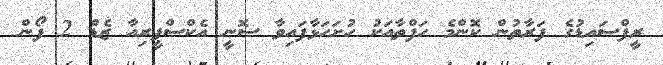
ރީފްސައިޑުގެ ފަރާތުން ކޮންމެ ހަފްތާއަކު ހުށަހަޅާފައިވާ ސޮނީ އެކްސްޕީރިއާ ޒެޑް 2 ފޯން